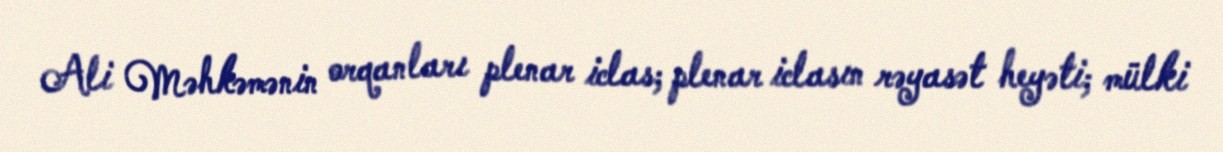
Ali Məhkəmənin orqanları plenar iclas; plenar iclasın rəyasət heyəti; mülki